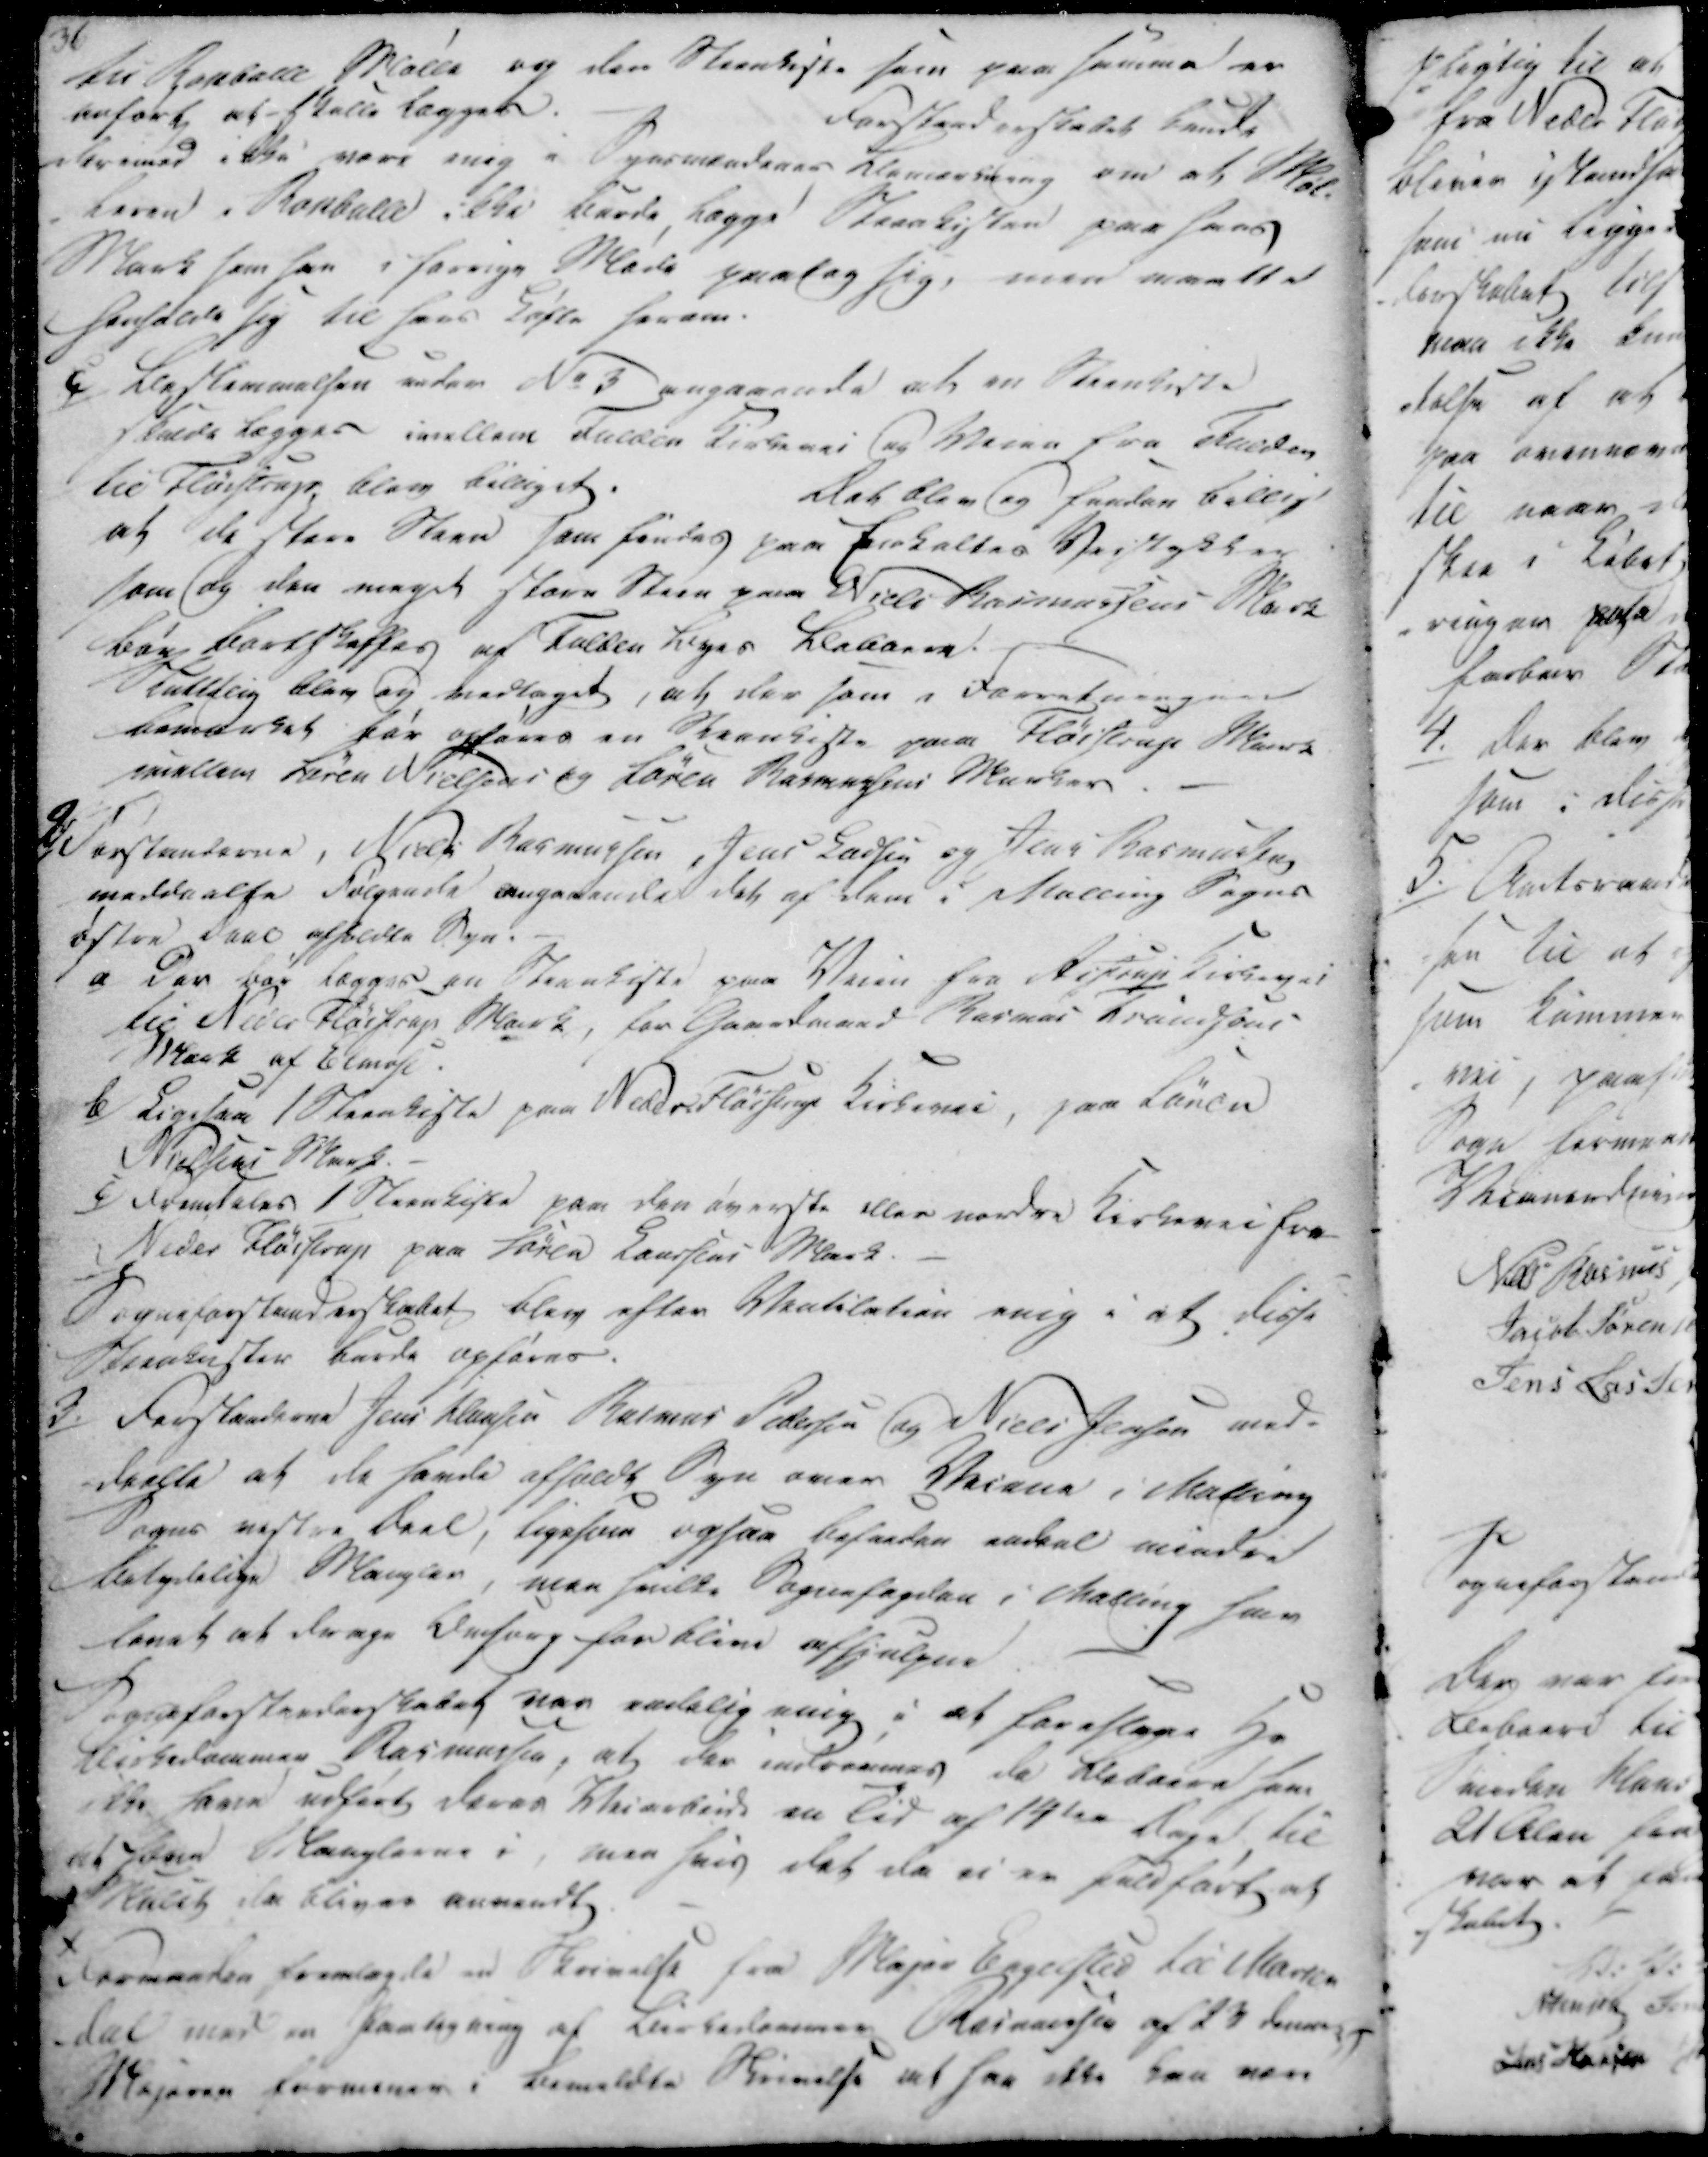
Transskription:
til Raaballe Mølle og den Steenkiste som paa samme er
anført af-Skalle lægget.
Forstanderskabet kunde
derimod ikke være enig i Synsmandenes Bemærkning om at Møl-
leren i Ranballe ikke burde lægge Steenkisten paa hans
Mark som han i forrige Møde paalag sig, men maatte
henholde sig til hans Løfte herom.

c
Bestemmelsen under No 3 angaaende at en Beenkiste
skulde lægges imellem Fulden Kirkevei og Veien fra Fulden
til Fløistrup, blev billiget.
Det blev og fanden billigt
at de store Steen som findes paa Enkeltes Veistykker
som og den meget store Steen paa Niels Rasmussens Mark
bør bortskaffes af Fulden Byes Beboere.
Sluttelig blev og vedtaget, at der som i Forretningen
bemærket bør opføres en Steenkiste paa Fløistrup Mark
imellem Søren Nielsens og Søren Rasmussens Marker.

2/

Forstanderne, Niels Rasmussen, Jens Ladsen og Jens Rasmussen
meddeelte Følgende angaaende det af dem i Malling Sogns
øster Deel afholdte Syn.

a/
Der bør lægges en Steenkiste paa Veien fra Aistrup Kirkevei
til Neder Fløistrup Mark, for Gaardmand Rasmus Braudsons
Mark af Elmose.

b)
Ligesaa 1 Steenkiste paa Neder Fløistrup Kirkevei, paa Søren
Nielsens Mark.

6)
Fremdeles 1 Steenkiske paa den øverste eller nordre Kirkevei fra
Neder Fløistrup paa Søren Laursens Mark.
Sogneforstanderskabet blev efter Veatilation enig i at disse
Steenkister burde opføres.

3./

Forstanderne Jens Hansen Rasmus Pedersen og Niels Jensen med-
-deelte at de havde afholdt Syn over Veiene i Malling
Sogns vestre Deel, ligesom ogsaa befaeden andal mindre
betydelige Mangler, men hvilke Sognefogeden i Malling som
lovet at drage Omsorg for blive afhjulpne.
Sogneforstanderskabet var endelig enig i at foreslaae Hr
Birkedommer Rasmussen, at der indrømmes de Beboere som
ikke have udført Deres Veiarbeide en Tid af 14den Dage til
at have Manglerne i, men hvis det da eier fuldført, at
Malet da bliver anmendt.
Formanden fremlagte en Skrivelse fra Major Engelsted til Marien
-dal med en paategning af Birkedommer Rasmussen og 23 denre-
Majoren formener i Bemeldte Skrivelse at han ikke kan nen